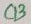
Text: Q3